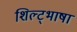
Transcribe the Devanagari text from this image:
शिल्ट्भाषा